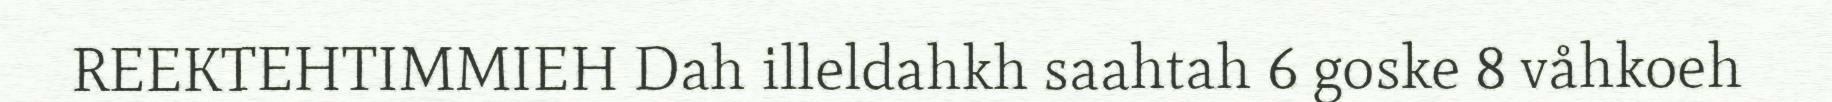
REEKTEHTIMMIEH Dah illeldahkh saahtah 6 goske 8 våhkoeh